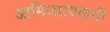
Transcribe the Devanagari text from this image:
आभिजात्यवादी